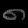
Digit: ၈